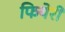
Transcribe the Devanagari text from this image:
फियेरी